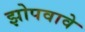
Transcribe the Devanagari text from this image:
झोपवावे